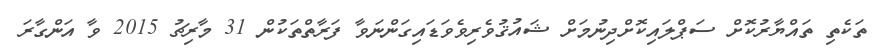
ތަކެތި ތައްޔާރުކޮށް ސަޕްލައިކޮށްދިނުމަށް ޝައުޤުވެރިވެވަޑައިގަންނަވާ ފަރާތްތަކުން 31 މާރިޗު 2015 ވާ އަންގާރަ